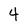
Character: 4